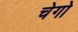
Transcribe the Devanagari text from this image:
चेगो